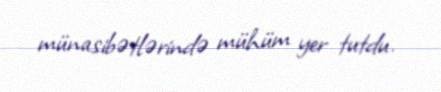
münasibətlərində mühüm yer tutdu.